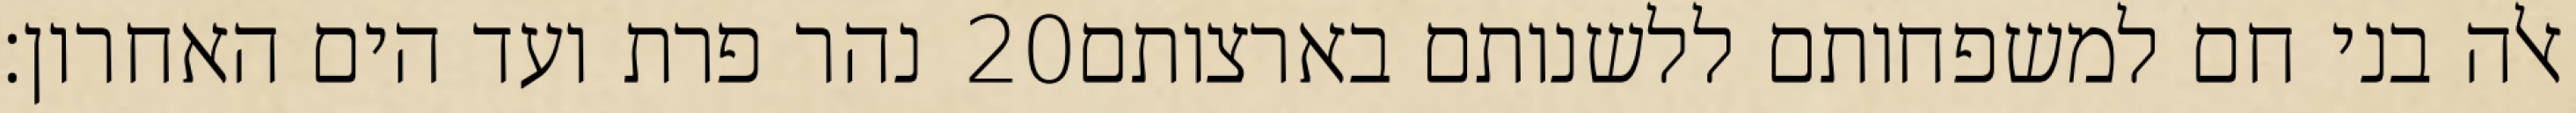
נהר פרת ועד הים האחרון׃ ‎20‏ אלה בני חם למשפחותם ללשנותם בארצותם